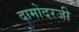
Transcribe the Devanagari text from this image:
दामोदरजी